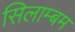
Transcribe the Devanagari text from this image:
सिलाम्बम